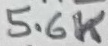
Text: 5.6K